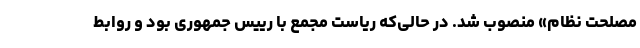
مصلحت نظام» منصوب شد. در حالی‌که ریاست مجمع با رییس جمهوری بود و روابط